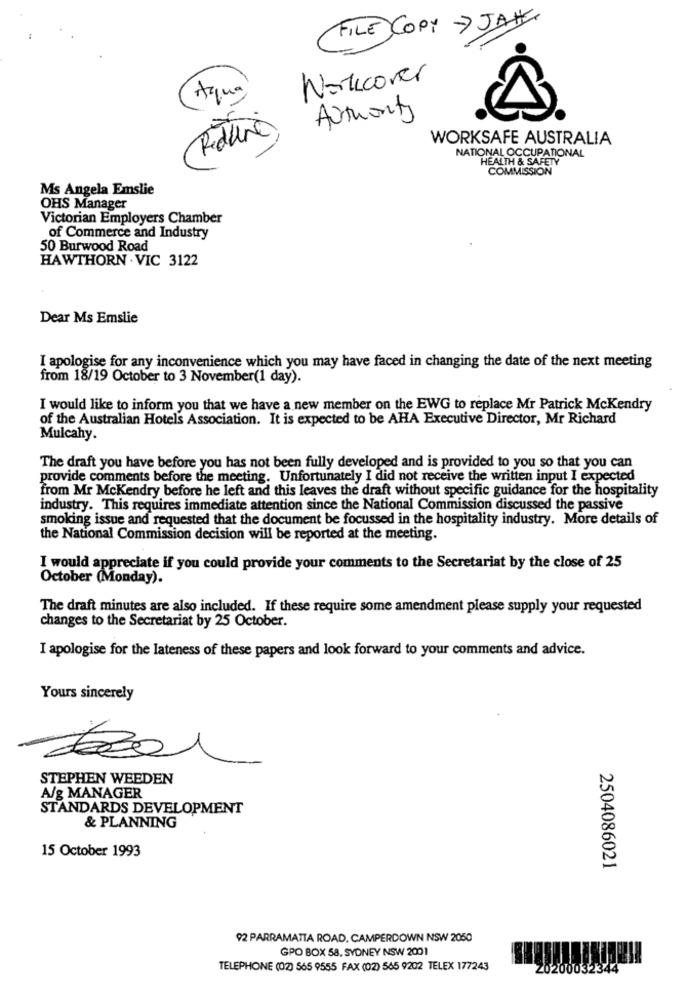
FILE COPY> JAK
Noticover
Aqua
Authority
Reduro,
WORKSAFE AUSTRALIA
NATIONAL OCCUPATIONAL
HEALTH & SAFETY
COMMISSION
Ms Angela Emslie
OHS Manager
Victorian Employers Chamber
of Commerce and Industry
50 Burwood Road
HAWTHORN . VIC 3122
Dear Ms Emslie
I apologise for any inconvenience which you may have faced in changing the date of the next meeting
from 18/19 October to 3 November(1 day).
I would like to inform you that we have a new member on the EWG to replace Mr Patrick McKendry
of the Australian Hotels Association. It is expected to be AHA Executive Director, Mr Richard
Mulcahy.
The draft you have before you has not been fully developed and is provided to you so that you can
provide comments before the meeting. Unfortunately I did not receive the written input I expected
from Mr Mckendry before he left and this leaves the draft without specific guidance for the hospitality
industry. This requires immediate attention since the National Commission discussed the passive
smoking issue and requested that the document be focussed in the hospitality industry. More details of
the National Commission decision will be reported at the meeting.
I would appreciate if you could provide your comments to the Secretariat by the close of 25
October (Monday).
The draft minutes are also included. If these require some amendment please supply your requested
changes to the Secretariat by 25 October.
I apologise for the lateness of these papers and look forward to your comments and advice.
Yours sincerely
STEPHEN WEEDEN
A/g MANAGER
STANDARDS DEVELOPMENT
& PLANNING
15 October 1993
2504086021
92 PARRAMATTA ROAD. CAMPERDOWN NSW 2050
GPO BOX 58, SYDNEY NSW 2001
TELEPHONE (02) 565 9555 FAX (02) 565 9202 TELEX 177243
20200032344